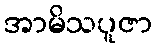
အာမိသပူဇာ